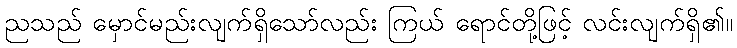
ညသည် မှောင်မည်းလျက်ရှိသော်လည်း ကြယ် ရောင်တို့ဖြင့် လင်းလျက်ရှိ၏။